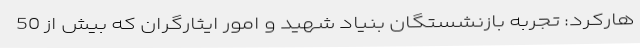
هارکرد: تجربه بازنشستگان بنیاد شهید و امور ایثارگران که بیش از 50